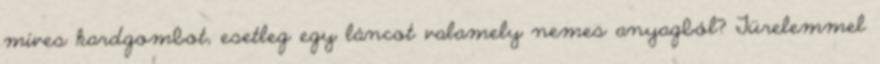
míves kardgombot, esetleg egy láncot valamely nemes anyagból? Türelemmel